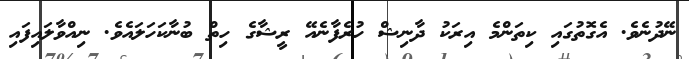
ނޭދުނެވެ. އެގޮތުގައި ކިތަންމެ އިރަކު ދާނިޝް ހުރެފާނެއޭ ރީޝާގެ ހިތް ބުނާާކަހަލައެވެ. ނިއްވާލައިފައި